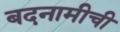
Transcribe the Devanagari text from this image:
बदनामीची